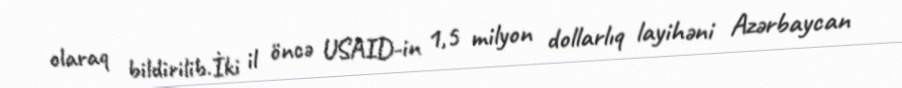
olaraq bildirilib.İki il öncə USAID-in 1,5 milyon dollarlıq layihəni Azərbaycan